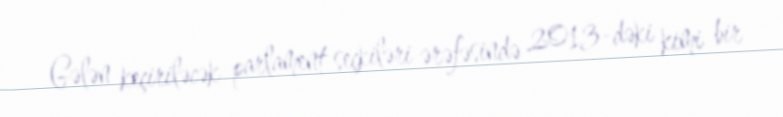
Gələn keçiriləcək parlament seçkiləri ərəfəsində 2013-dəki kimi bir